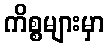
ကိစ္စများမှာ